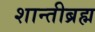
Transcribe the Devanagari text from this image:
शान्तीब्रह्म